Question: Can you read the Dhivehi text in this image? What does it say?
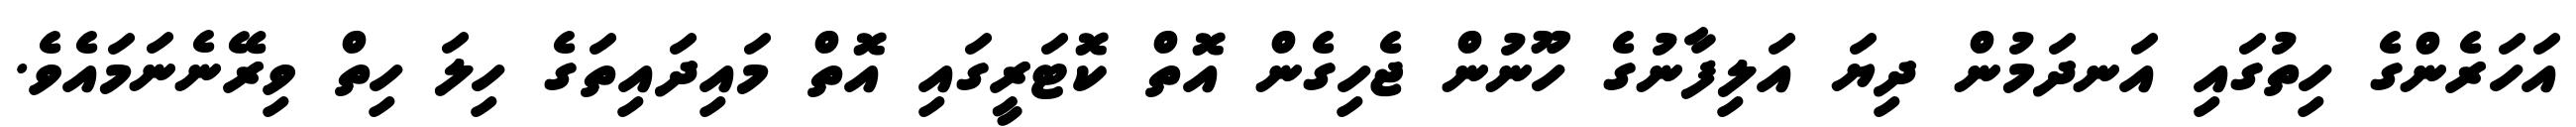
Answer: އަހަރެންގެ ހިތުގައި އަނދަމުން ދިޔަ އަލިފާނުގެ ހޫނުން ޖެހިގެން އޮތް ކޮޓަރީގައި އޮތް މައިދައިތަގެ ހިލަ ހިތް ވިރޭނެނަމައެވެ.